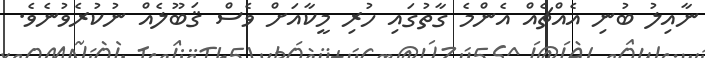
ނާއިލު ބުނި އެއްޗެއް އެންމެ ގާތުގައި ހުރި މީކާއަށް ވެސް ޤަބޫލެއް ނުކުރެވުނެވެ.